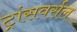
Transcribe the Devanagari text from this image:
ट्रांसवर्सल